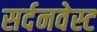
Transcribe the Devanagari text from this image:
सर्दनवेस्ट